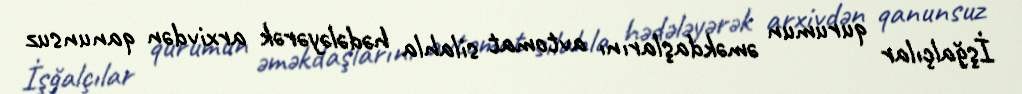
İşğalçılar qurumun əməkdaşlarını avtomat silahla hədələyərək arxivdən qanunsuz